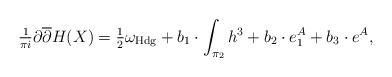
LaTeX: \begin{align*}\tfrac{1}{\pi i}\partial\overline{\partial}H(X)=\tfrac{1}{2}\omega_{\mathrm{Hdg}}+b_1\cdot \int_{\pi_2} h^3+b_2\cdot e_1^A +b_3 \cdot e^A,\end{align*}